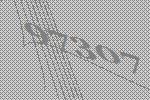
97307